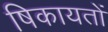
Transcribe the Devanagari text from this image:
षिकायतों